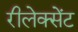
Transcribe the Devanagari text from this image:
रीलेक्सेंट